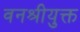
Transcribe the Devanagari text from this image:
वनश्रीयुक्त